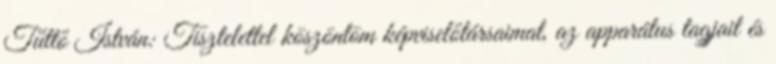
Tüttő István: Tisztelettel köszöntöm képviselőtársaimat, az apparátus tagjait és